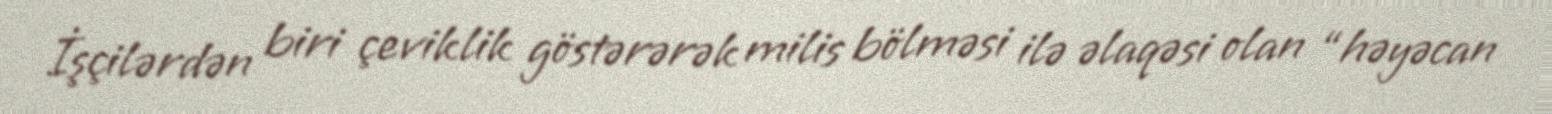
İşçilərdən biri çeviklik göstərərək milis bölməsi ilə əlaqəsi olan “həyəcan